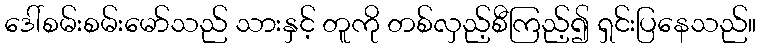
ဒေါ်စမ်းစမ်းမော်သည် သားနှင့် တူကို တစ်လှည့်စီကြည့်၍ ရှင်းပြနေသည်။